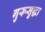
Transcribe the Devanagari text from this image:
गुरूसुद्धा